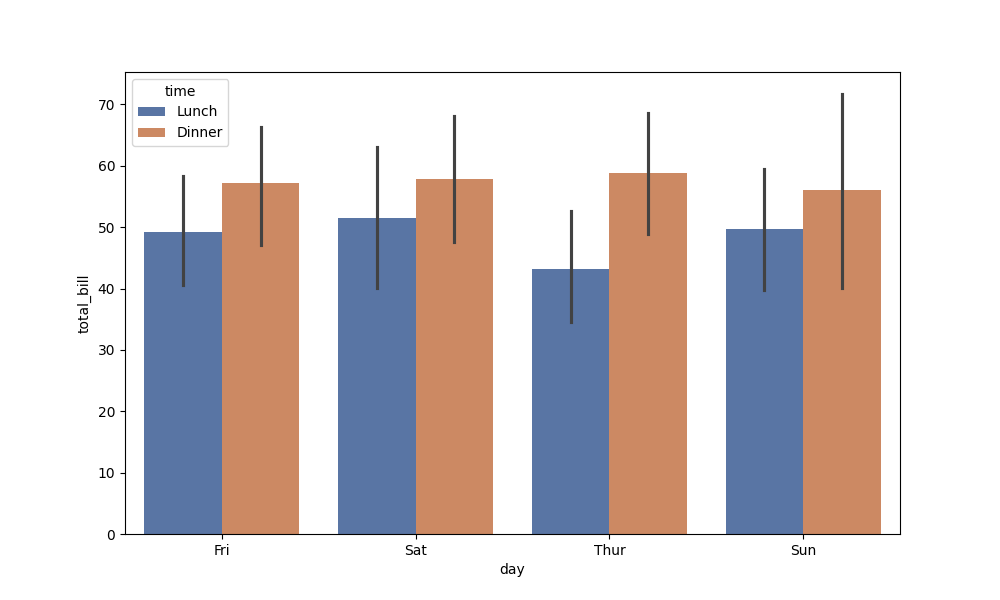
python, seaborn, barplot, hue='time', palette='deep', ci=95, orient='v'